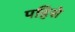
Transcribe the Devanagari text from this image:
पहिसे